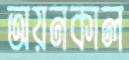
অয়নকাল